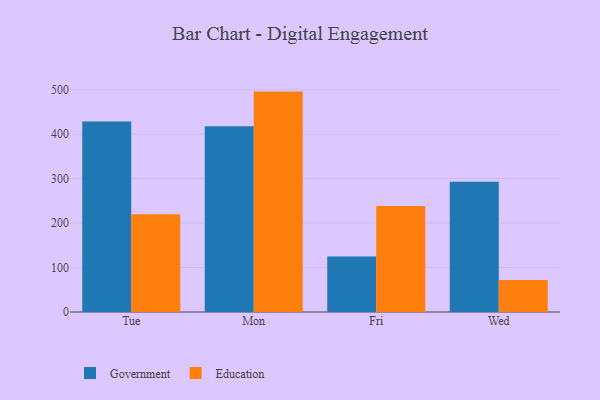
{"axis": {"x": "Day", "y": "Demand Index"}, "legend": ["Education", "Government"], "data": [{"x": "Tue", "y": 428.1, "type": "Government"}, {"x": "Tue", "y": 219.8, "type": "Education"}, {"x": "Mon", "y": 417.3, "type": "Government"}, {"x": "Mon", "y": 495.4, "type": "Education"}, {"x": "Fri", "y": 124.8, "type": "Government"}, {"x": "Fri", "y": 238.5, "type": "Education"}, {"x": "Wed", "y": 292.6, "type": "Government"}, {"x": "Wed", "y": 71.9, "type": "Education"}]}